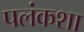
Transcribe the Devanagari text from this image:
पलंकशा